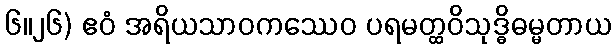
၆။၂၆) ဧဝံ အရိယသာဝကဿေဝ ပရမတ္ထဝိသုဒ္ဓိဓမ္မတာယ